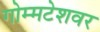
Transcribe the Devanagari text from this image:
गोम्मटेशवर